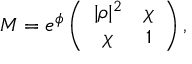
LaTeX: { \cal M } = e ^ { \phi } \left( \begin{array} { c c } { { | \rho | ^ { 2 } } } & { { \chi } } \\ { { \chi } } & { { 1 } } \end{array} \right) ,